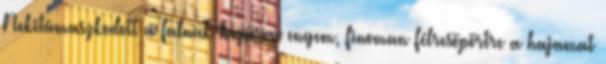
Nekitámaszkodott a falnak bezárva engem, finoman félresöpörtre a hajamat